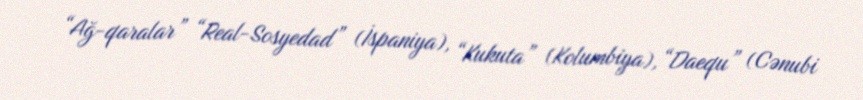
“Ağ-qaralar” “Real-Sosyedad” (İspaniya), “Kukuta” (Kolumbiya), “Daequ” (Cənubi